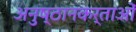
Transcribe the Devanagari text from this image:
अनुष्ठानकर्ताओं